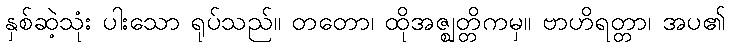
နှစ်ဆဲ့သုံး ပါးသော ရုပ်သည်။ တတော၊ ထိုအဇ္ဈတ္တိကမှ။ ဗာဟိရတ္တာ၊ အပ၏